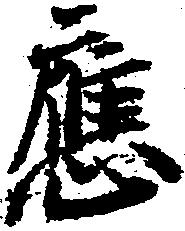
応